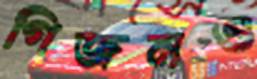
গিজনও